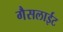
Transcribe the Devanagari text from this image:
गैसलाईट